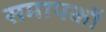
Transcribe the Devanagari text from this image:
समापकों